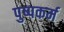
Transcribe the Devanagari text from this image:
पुष्पकर्म